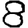
Digit: 8